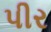
પીર